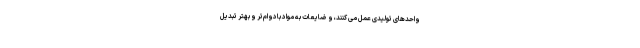
واحدهای تولیدی عمل می کنند، و ضایعات به مواد بادوام‌تر و بهتر تبدیل